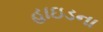
હાઇડના